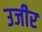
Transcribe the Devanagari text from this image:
उजीर